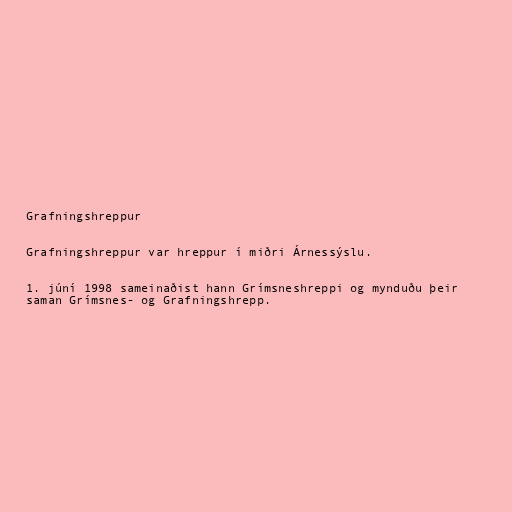
Grafningshreppur

Grafningshreppur var hreppur í miðri Árnessýslu.

1. júní 1998 sameinaðist hann Grímsneshreppi og mynduðu þeir
saman Grímsnes- og Grafningshrepp.